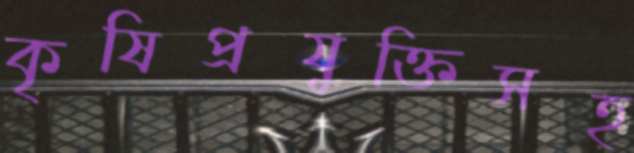
কৃষিপ্রযুক্তিসহ